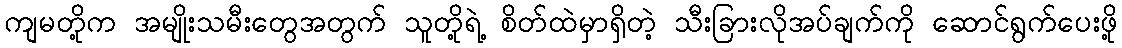
ကျမတို့က အမျိုးသမီးတွေအတွက် သူတို့ရဲ့ စိတ်ထဲမှာရှိတဲ့ သီးခြားလိုအပ်ချက်ကို ဆောင်ရွက်ပေးဖို့